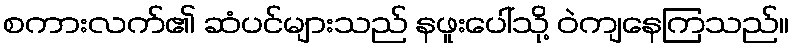
စကားလက်၏ ဆံပင်များသည် နဖူးပေါ်သို့ ဝဲကျနေကြသည်။